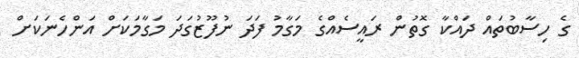
ގެ ހިސާބުތައް ދައްކާ ގޮތުން ރައީސެއްގެ މަގާމު ފަދަ ނުފޫޒުގަދަ މަގާމަކަށް އަންހެނަކަށް